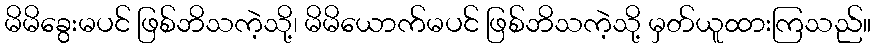
မိမိခွေးမပင် ဖြစ်ဘိသကဲ့သို့၊ မိမိယောက်မပင် ဖြစ်ဘိသကဲ့သို့ မှတ်ယူထားကြသည်။